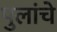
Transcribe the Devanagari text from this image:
पुलांचे